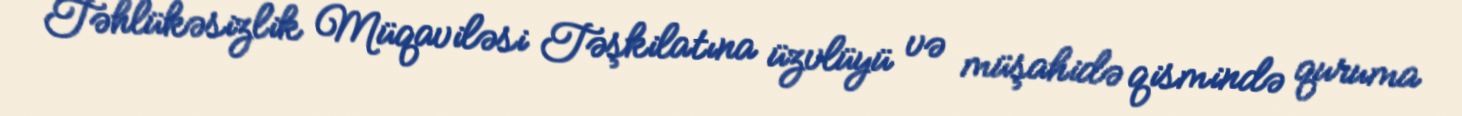
Təhlükəsizlik Müqaviləsi Təşkilatına üzvlüyü və müşahidə qismində quruma